Statistical return of the lunatic asylum in Assam - 1912-1932
Year: 1912
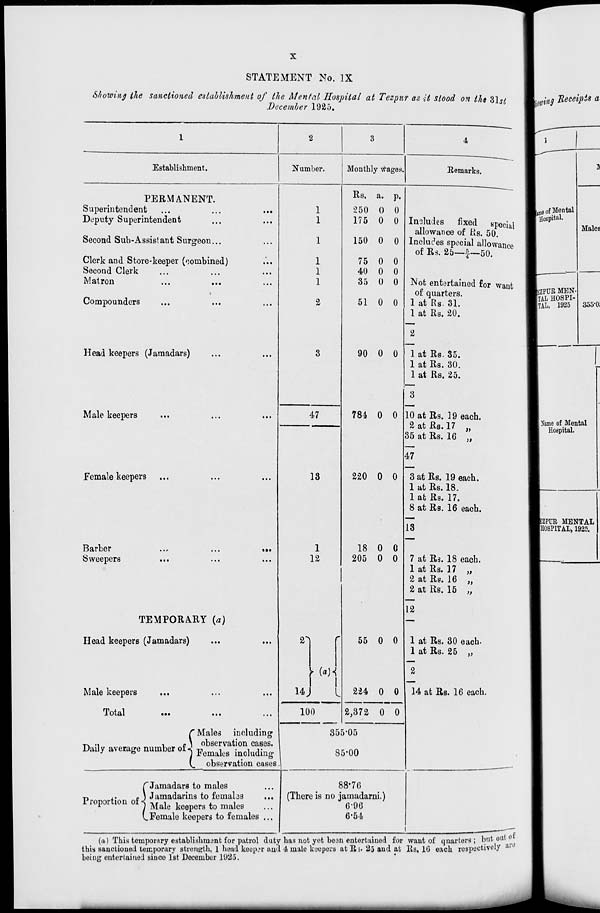
STATEMENT No. IX
Showing the sanctioned establishment, of the Mental Hospital at Tezpur as it stood on the 31 $/
December 1925.
Establishment.
Number.
PERMANENT.
Superintendent
Deputy Superintendent
Second Sub-Assistant Surgeon...
Clerk and Store-keeper (combined)
Second Clerk
Matron
«
Compounders
Head keepers (Jaraadars)
Male keepers
Female keepers
Barber
Sweepers
TEMPORARY {a)
Head keepers (Jamadars)
Male keepers
Total
C Males including
y. ..
,
»\ observation cases.
Daily average number of J FflmaleB ^o ]uding
V. observation cases
C Jamadars to males
■n
,.
p ) Jamadarins to fematas
Proportion of j Male ^^ ^ maleg
(.Female keepers to females ...
1
1
1
1
1
47
13
1
12
4
>-\
I
I
14,)
I
100
Monthly wages
Remarks
Rs. a. p.
250 0 0
175 0 0
150 0 0
75 0 0
40 0 0
35 0 0
51 0 0
90 0 0
784 0 0
220 0 0
18 0 0
205 0 0
55 0 0
224 0 0
Includes
fixed special
allowance of tis. 50.
Includes special allowance
of Rs. 25—f—50.
Not entertained for want
of quarters.
1 at Rs. 31.
1 at Rs. 20.
2
1 at Rs. 35.
1 at Rs. 30.
1 at Rs. 25.
10 at Rs. 19 each.
2 at Rs. 17
35 at Rs. 16
))
>>
47
3 at Rs. 19 each.
1 at Rs. 18.
1 at Rs. 17.
8 at Rs. 16 each.
13
7 at Rs. 18 each.
1 at Rs. 17 „
>}
2 at Rs. 16
2atRs. 15
12
1 at Rs. 30 each-
1 at Rs. 25 „
2
14 afc Rs. 16 each.
2,372 0 0
355-05
85-00
88-76
(There is no jamadarni.)
696
6'54
rary establishment for patrol duty has not yet boon entertained for want of quarters; but o ttto
rorary strength, 1 head keeper and <J t male keepers at Rs. 23 and at lls, 1G each respectively » J
(a) This tempor
this sanctioned temp
boiug entertained since 1st December 1U25
EZPUR MENTAL
IH0SPITAL, 1925.